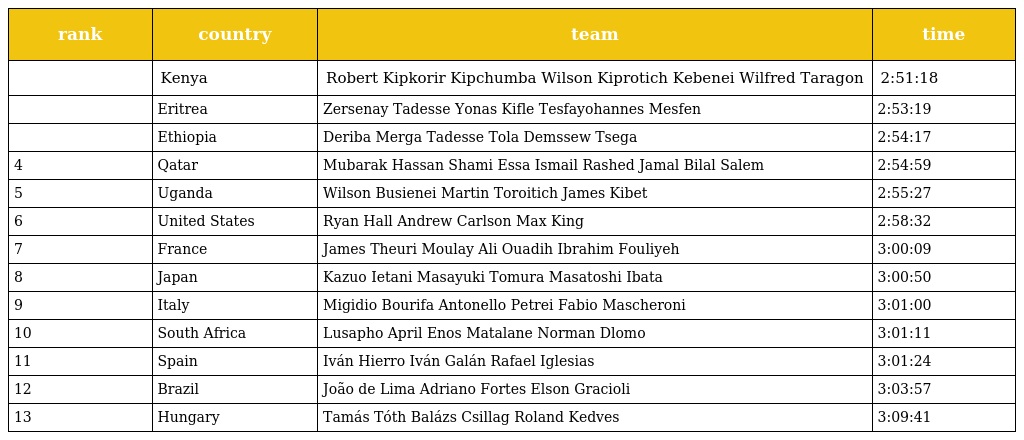
| rank | country | team | time |
 | --- | --- | --- | --- |
 |  | Kenya | Robert Kipkorir Kipchumba Wilson Kiprotich Kebenei Wilfred Taragon | 2:51:18 |
 |  | Eritrea | Zersenay Tadesse Yonas Kifle Tesfayohannes Mesfen | 2:53:19 |
 |  | Ethiopia | Deriba Merga Tadesse Tola Demssew Tsega | 2:54:17 |
 | 4 | Qatar | Mubarak Hassan Shami Essa Ismail Rashed Jamal Bilal Salem | 2:54:59 |
 | 5 | Uganda | Wilson Busienei Martin Toroitich James Kibet | 2:55:27 |
 | 6 | United States | Ryan Hall Andrew Carlson Max King | 2:58:32 |
 | 7 | France | James Theuri Moulay Ali Ouadih Ibrahim Fouliyeh | 3:00:09 |
 | 8 | Japan | Kazuo Ietani Masayuki Tomura Masatoshi Ibata | 3:00:50 |
 | 9 | Italy | Migidio Bourifa Antonello Petrei Fabio Mascheroni | 3:01:00 |
 | 10 | South Africa | Lusapho April Enos Matalane Norman Dlomo | 3:01:11 |
 | 11 | Spain | Iván Hierro Iván Galán Rafael Iglesias | 3:01:24 |
 | 12 | Brazil | João de Lima Adriano Fortes Elson Gracioli | 3:03:57 |
 | 13 | Hungary | Tamás Tóth Balázs Csillag Roland Kedves | 3:09:41 |